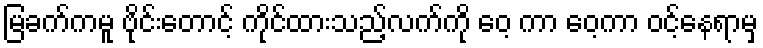
မြခက်ကမူ ဗိုင်းတောင့် ကိုင်ထားသည့်လက်ကို ဝေ့ ကာ ဝေ့ကာ ဝင့်နေရာမှ